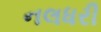
નલધરી